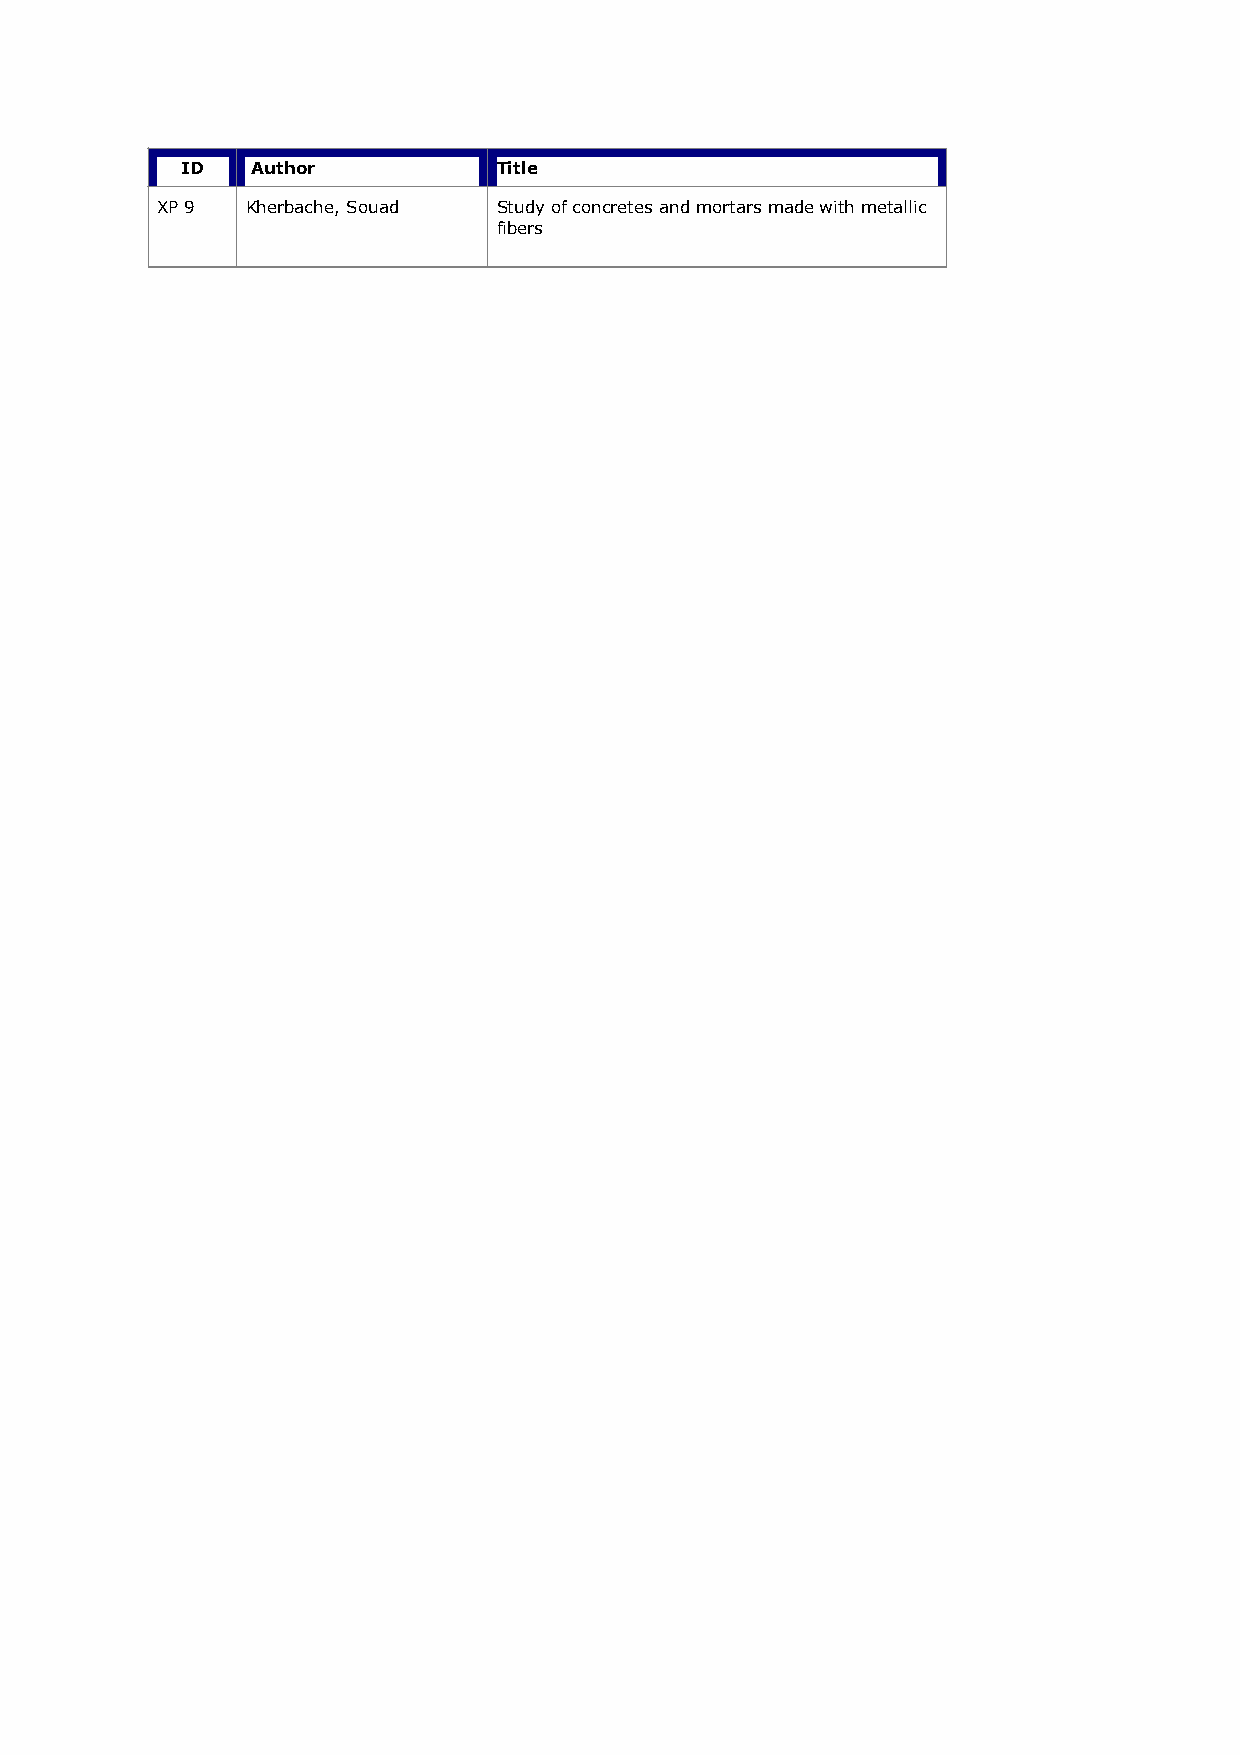
ID   Author          Title
 XP 9  Kherbache, Souad Study of concretes and mortars made with metallic
 fibers